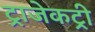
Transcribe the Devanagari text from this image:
ट्राजेकट्री